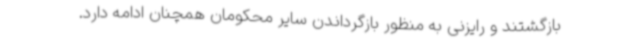
بازگشتند و رایزنی به منظور بازگرداندن سایر محکومان همچنان ادامه دارد.